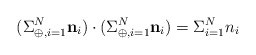
\begin{align*}(\Sigma_{\oplus,i=1}^N {\bf n}_i)\cdot (\Sigma_{\oplus,i=1}^N {\bf n}_i)= \Sigma_{i=1}^N n_i\end{align*}